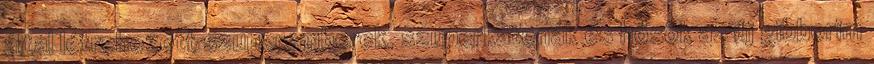
által létrehozott szuperemberek, szuperkatonák és hősök az új gibborim